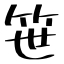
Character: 笹